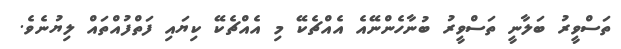
ތަސްވީރު ބަލާނީ ތަސްވީރު ބުނާހެންނޭއެ އެއްޗެކޭ މި އެއްޗެކޭ ކިޔައި ފަތްފުއްތައް ލިޔުނެވެ.